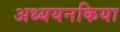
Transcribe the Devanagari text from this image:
अध्ययनकिया